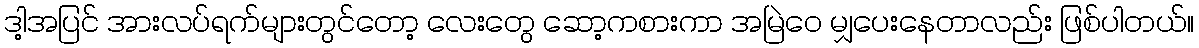
ဒါ့အပြင် အားလပ်ရက်များတွင်တော့ လေးတွေ ဆော့ကစားကာ အမြဲဝေ မျှပေးနေတာလည်း ဖြစ်ပါတယ်။